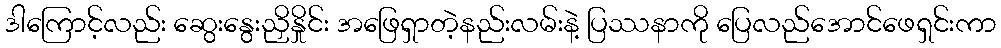
ဒါကြောင့်လည်း ဆွေးနွေးညှိနှိုင်း အဖြေရှာတဲ့နည်းလမ်းနဲ့ ပြဿနာကို ပြေလည်အောင်ဖေရှင်းကာ